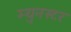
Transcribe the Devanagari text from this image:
म्युनस्टर